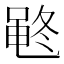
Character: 𱌂